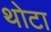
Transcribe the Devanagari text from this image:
थोटा